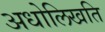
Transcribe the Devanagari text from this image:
अधोलिखति